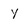
Character: Y